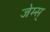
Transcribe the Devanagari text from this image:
जेम्स्